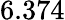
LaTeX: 6.374